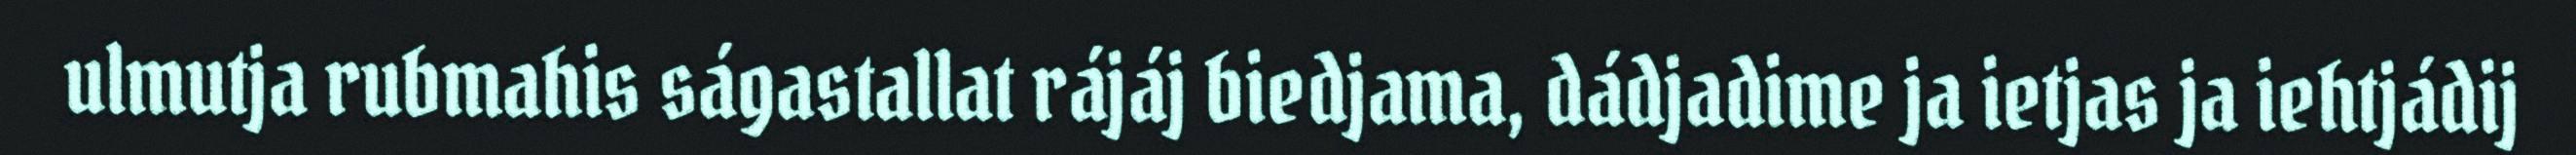
ulmutja rubmahis ságastallat rájáj biedjama, dádjadime ja ietjas ja iehtjádij